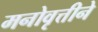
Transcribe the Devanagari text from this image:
मनोवृत्तीने